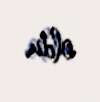
oldu.